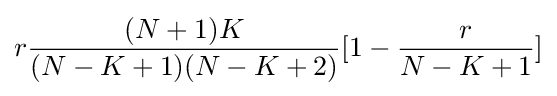
r{\frac {(N+1)K}{(N-K+1)(N-K+2)}}[1-{\frac {r}{N-K+1}}]